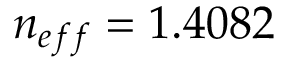
n _ { e f f } = 1 . 4 0 8 2